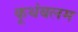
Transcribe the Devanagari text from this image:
कूथंबलम